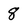
Character: 8